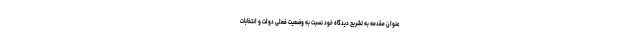
عنوان مقدمه به تشریح دیدگاه خود نسبت به وضعیت فعلی دولت و انتخابات